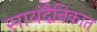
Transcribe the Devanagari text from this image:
सायंदैनिकात